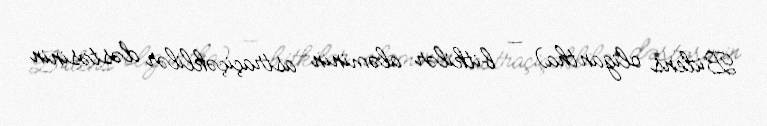
Bidens oligantha) — bitkilər aləminin astraçiçəklilər dəstəsinin